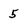
Character: 5